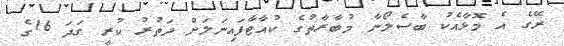
ރޭގެ އެ މޮޅާއެކު ބާސެލޯނާ މުބާރާތުގެ ކުއާޓާފައިނަލަށް ދަތުރު ކުރީ ގަދަ 16ގެ